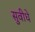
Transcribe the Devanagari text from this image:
सुवीधे